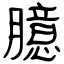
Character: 臆